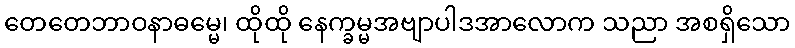
တေတေဘာဝနာဓမ္မေ၊ ထိုထို နေက္ခမ္မအဗျာပါဒအာလောက သညာ အစရှိသော